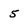
Character: 5